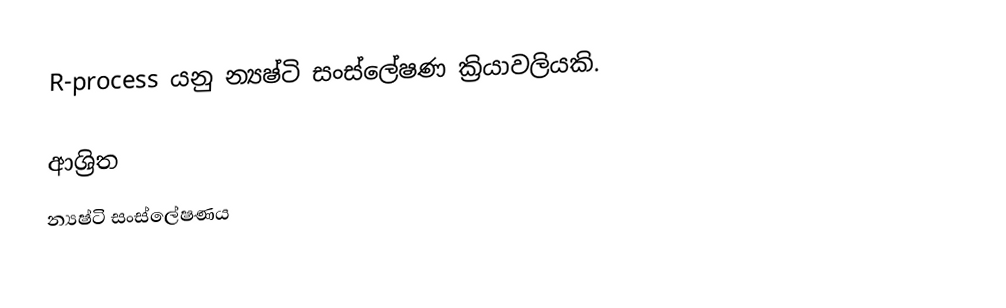
R-process යනු න්‍යෂ්ටි සංස්ලේෂණ ක්‍රියාවලියකි.

ආශ්‍රිත
 න්‍යෂ්ටි සංස්ලේෂණය